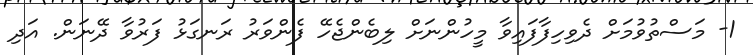
1- މަސްތުވުމަށް ދެވިހިފާފައިވާ މީހުންނަށް ލިބެންޖެހޭ ފެންވަރު ރަނގަޅު ފަރުވާ ދޭނަން. އަދި